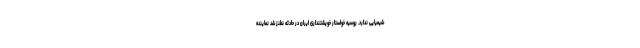
شیمیایی ندارد. روسیه خواستار خویشتنداری ایران در حادثه نطنز شد نماینده